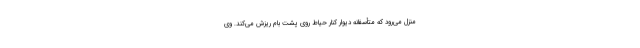
منزل می‌رود که متأسفانه دیوار کنار حیاط روی پشت بام ریزش می‌کند. وی